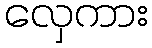
လှေကား